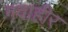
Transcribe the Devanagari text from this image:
गवाहीर